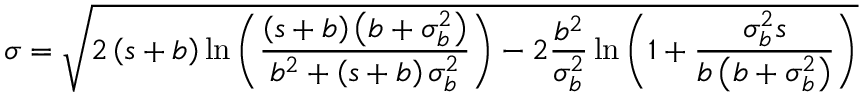
\sigma = \sqrt { 2 \left( s + b \right) \ln { \left( \frac { \left( s + b \right) \left( b + \sigma _ { b } ^ { 2 } \right) } { b ^ { 2 } + \left( s + b \right) \sigma _ { b } ^ { 2 } } \right) } - 2 \frac { b ^ { 2 } } { \sigma _ { b } ^ { 2 } } \ln { \left( 1 + \frac { \sigma _ { b } ^ { 2 } s } { b \left( b + \sigma _ { b } ^ { 2 } \right) } \right) } }